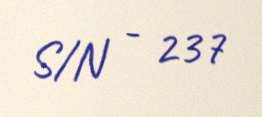
S/N - 237